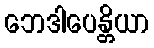
ဘေဒါပေန္တိယာ